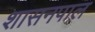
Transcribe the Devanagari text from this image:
शासनपाल